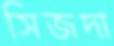
সিজদা